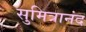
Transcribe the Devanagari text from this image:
सुमित्रानंद